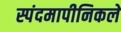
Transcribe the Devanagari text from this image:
स्पंदमापीनिकले